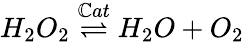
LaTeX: H_{2}O_{2}\stackrel{\mathbb{C}at}{\rightleftharpoons}H_{2}O+O_{2}